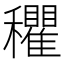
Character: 𰩃